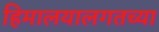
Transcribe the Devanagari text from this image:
हिमालयालगतच्या